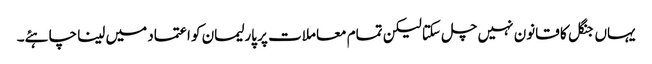
یہاں جنگل کا قانون نہیں چل سکتا لیکن تمام معاملات پر پارلیمان کو اعتماد میں لینا چاہئے۔